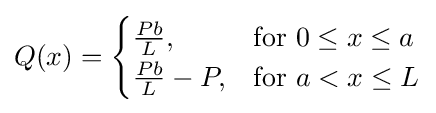
Q(x)={\begin{cases}{\tfrac {Pb}{L}},&{\mbox{for }}0\leq x\leq a\\{\tfrac {Pb}{L}}-P,&{\mbox{for }}a<x\leq L\end{cases}}